Problem: 9 × 9 = ?
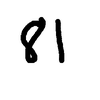
Handwritten answer: 81